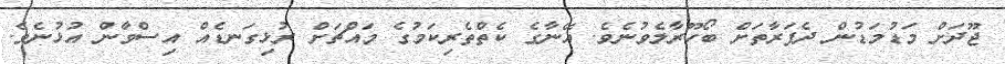
ޖޫދަށް މަޑުމަޑުން ދެފަރާތަށް ބޯހޫރާލެވުނެވެ. އޭނާގެ ކެތްތެރިކަމުގެ މައްޗަށް ރުޅިގަނޑެއް އިސްވާން އުޅުނެވެ.